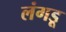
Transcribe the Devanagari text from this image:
लंगडू